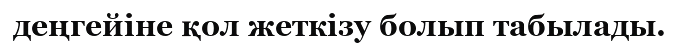
деңгейіне қол жеткізу болып табылады.